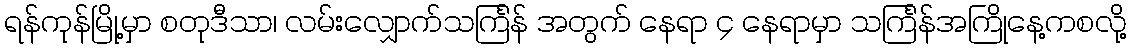
ရန်ကုန်မြို့မှာ စတုဒီသာ၊ လမ်းလျှောက်သင်္ကြန် အတွက် နေရာ ၄ နေရာမှာ သင်္ကြန်အကြိုနေ့ကစလို့